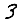
Digit: 3